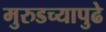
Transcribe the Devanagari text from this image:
मुरुडच्यापुढे